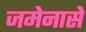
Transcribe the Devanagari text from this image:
जमेनासे